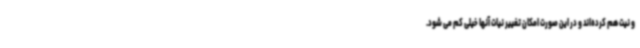
و نیت هم کرده‌اند و در این صورت امکان تغییر نیات آنها خیلی کم می شود.